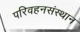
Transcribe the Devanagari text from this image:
परिवहनसंस्थान